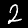
Label: 2